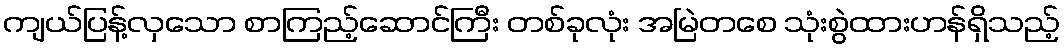
ကျယ်ပြန့်လှသော စာကြည့်ဆောင်ကြီး တစ်ခုလုံး အမြဲတစေ သုံးစွဲထားဟန်ရှိသည့်